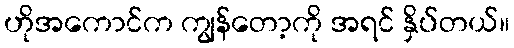
ဟိုအကောင်က ကျွန်တော့ကို အရင် နှိပ်တယ်။